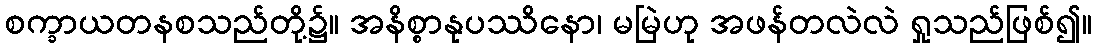
စက္ခာယတနစသည်တို့၌။ အနိစ္စာနုပဿိနော၊ မမြဲဟု အဖန်တလဲလဲ ရှုသည်ဖြစ်၍။